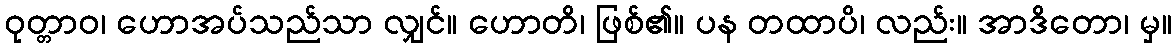
ဝုတ္တာဝ၊ ဟောအပ်သည်သာ လျှင်။ ဟောတိ၊ ဖြစ်၏။ ပန တထာပိ၊ လည်း။ အာဒိတော၊ မှ။